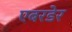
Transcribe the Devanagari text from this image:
एबरडेर